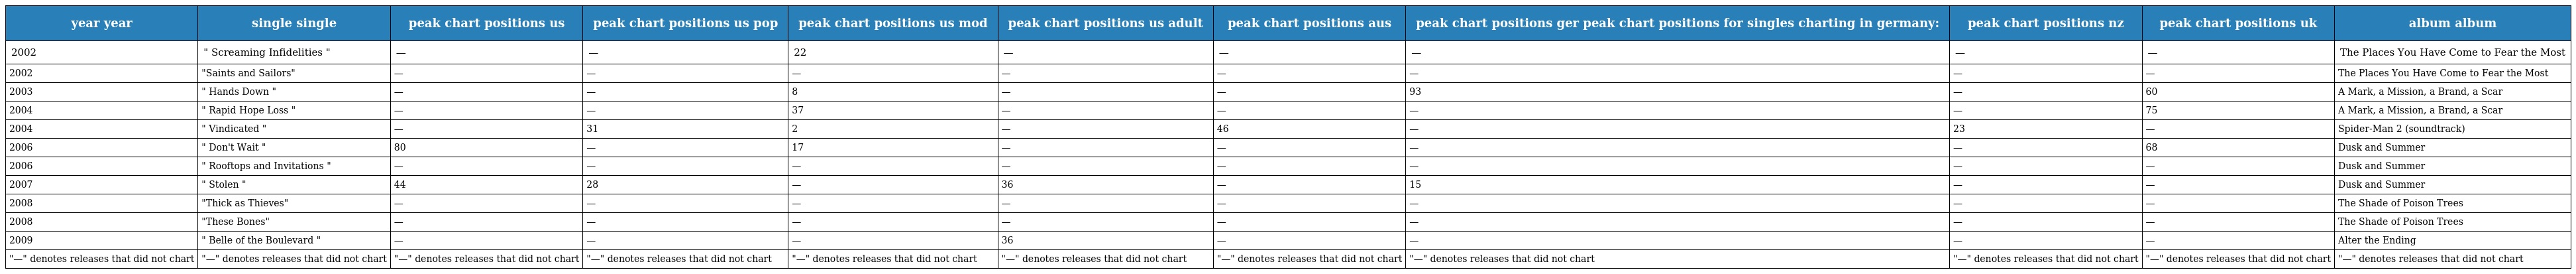
| year year | single single | peak chart positions us | peak chart positions us pop | peak chart positions us mod | peak chart positions us adult | peak chart positions aus | peak chart positions ger peak chart positions for singles charting in germany: | peak chart positions nz | peak chart positions uk | album album |
 | --- | --- | --- | --- | --- | --- | --- | --- | --- | --- | --- |
 | 2002 | " Screaming Infidelities " | — | — | 22 | — | — | — | — | — | The Places You Have Come to Fear the Most |
 | 2002 | "Saints and Sailors" | — | — | — | — | — | — | — | — | The Places You Have Come to Fear the Most |
 | 2003 | " Hands Down " | — | — | 8 | — | — | 93 | — | 60 | A Mark, a Mission, a Brand, a Scar |
 | 2004 | " Rapid Hope Loss " | — | — | 37 | — | — | — | — | 75 | A Mark, a Mission, a Brand, a Scar |
 | 2004 | " Vindicated " | — | 31 | 2 | — | 46 | — | 23 | — | Spider-Man 2 (soundtrack) |
 | 2006 | " Don't Wait " | 80 | — | 17 | — | — | — | — | 68 | Dusk and Summer |
 | 2006 | " Rooftops and Invitations " | — | — | — | — | — | — | — | — | Dusk and Summer |
 | 2007 | " Stolen " | 44 | 28 | — | 36 | — | 15 | — | — | Dusk and Summer |
 | 2008 | "Thick as Thieves" | — | — | — | — | — | — | — | — | The Shade of Poison Trees |
 | 2008 | "These Bones" | — | — | — | — | — | — | — | — | The Shade of Poison Trees |
 | 2009 | " Belle of the Boulevard " | — | — | — | 36 | — | — | — | — | Alter the Ending |
 | "—" denotes releases that did not chart | "—" denotes releases that did not chart | "—" denotes releases that did not chart | "—" denotes releases that did not chart | "—" denotes releases that did not chart | "—" denotes releases that did not chart | "—" denotes releases that did not chart | "—" denotes releases that did not chart | "—" denotes releases that did not chart | "—" denotes releases that did not chart | "—" denotes releases that did not chart |